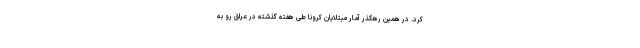
کرد. در همین رهگذر آمار مبتلایان کرونا طی هفته گذشته در عراق رو به